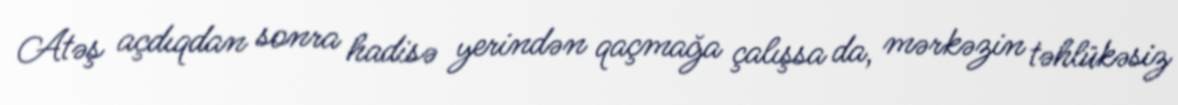
Atəş açdıqdan sonra hadisə yerindən qaçmağa çalışsa da, mərkəzin təhlükəsiz